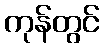
ကုန်တွင်